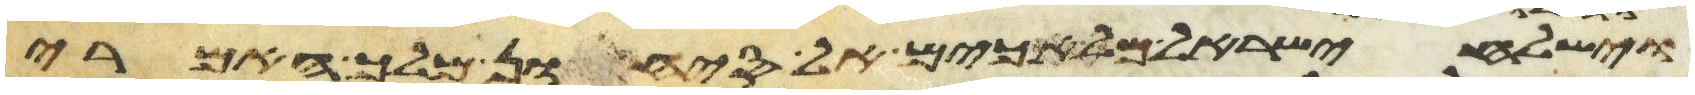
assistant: וישלח ישראל מלאכים אל סיחון מלך האמרי